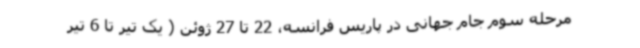
مرحله سوم جام جهانی در پاریس فرانسه، 22 تا 27 ژوئن ( یک تیر تا 6 تیر